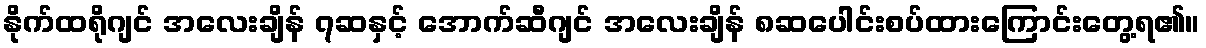
နိုက်ထရိုဂျင် အလေးချိန် ၇ဆနှင့် အောက်ဆီဂျင် အလေးချိန် ၈ဆပေါင်းစပ်ထားကြောင်းတွေ့ရ၏။